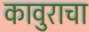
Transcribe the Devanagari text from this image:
कावुराचा